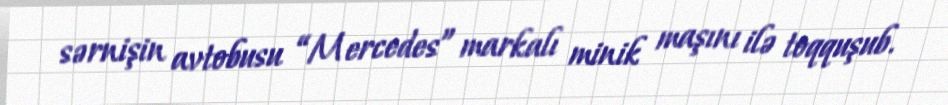
sərnişin avtobusu “Mercedes” markalı minik maşını ilə toqquşub.